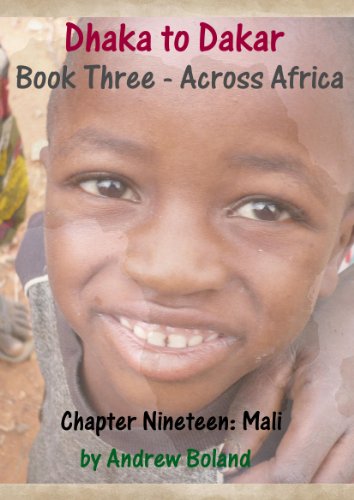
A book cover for Dhaka to Dakar: Across Africa - Chapter 19: Mali; Andrew Boland; Travel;